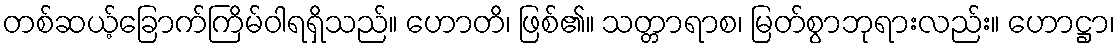
တစ်ဆယ့်ခြောက်ကြိမ်ဝါရရှိသည်။ ဟောတိ၊ ဖြစ်၏။ သတ္တာရာစ၊ မြတ်စွာဘုရားလည်း။ ဟောဋ္ဌာ၊